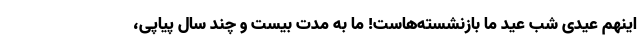
اینهم عیدیِ شب عید ما بازنشسته‌هاست! ما به مدتِ بیست و چند سال پیاپی،